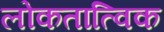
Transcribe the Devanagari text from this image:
लोकतात्विक